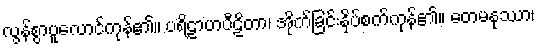
လွန်စွာပူလောင်ကုန်၏။ ပရိဠာဟပီဠိတာ၊ အိုက်ခြင်းနှိပ်စက်ကုန်၏။ တေမနုဿာ၊